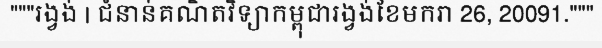
"""រង្វង់ | ជំនាន់គណិតវិទ្យាកម្ពុជារង្វង់ខែមករា 26, 20091."""